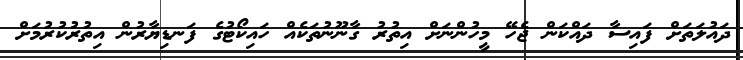
ދައުލަތަށް ފައިސާ ދައްކަން ޖެހޭ މީހުންނަށް އިތުރު ގާނޫނުތަކެއް ހައިކޯޓުގެ ފަނޑިޔާރުން އިތުރުކުރުމަށް